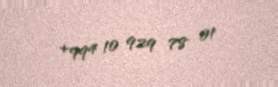
+994 10 929 78 01